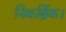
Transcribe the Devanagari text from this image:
निकर्ब्रिक।